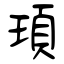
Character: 頊